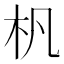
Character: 杋